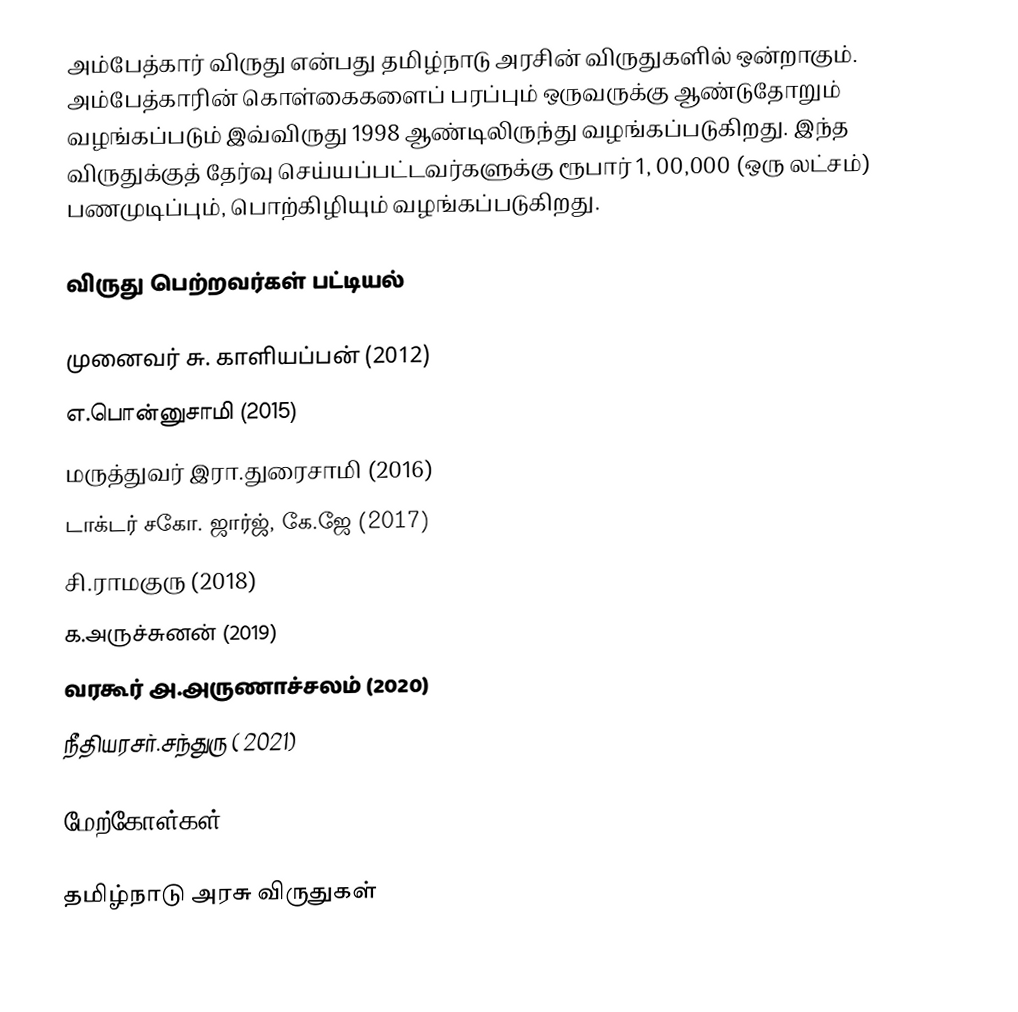
அம்பேத்கார் விருது என்பது தமிழ்நாடு அரசின் விருதுகளில் ஒன்றாகும். அம்பேத்காரின் கொள்கைகளைப் பரப்பும் ஒருவருக்கு ஆண்டுதோறும் வழங்கப்படும் இவ்விருது 1998 ஆண்டிலிருந்து வழங்கப்படுகிறது. இந்த விருதுக்குத் தேர்வு செய்யப்பட்டவர்களுக்கு ரூபார் 1, 00,000 (ஒரு லட்சம்) பணமுடிப்பும், பொற்கிழியும் வழங்கப்படுகிறது.

விருது பெற்றவர்கள் பட்டியல்

 முனைவர் சு. காளியப்பன் (2012)
 எ.பொன்னுசாமி (2015)
 மருத்துவர் இரா.துரைசாமி (2016)
 டாக்டர் சகோ. ஜார்ஜ், கே.ஜே (2017)
 சி.ராமகுரு (2018)
 க.அருச்சுனன் (2019)
 வரகூர் அ.அருணாச்சலம் (2020)
 நீதியரசர்.சந்துரு ( 2021)

மேற்கோள்கள்

தமிழ்நாடு அரசு விருதுகள்